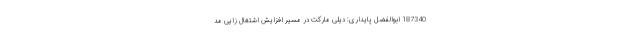
187340 ابوالفضل پایداری: دیلی مارکت در مسیر افزایش اشتغال زایی مد